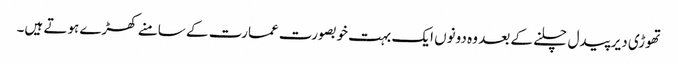
تھوڑی دیر پیدل چلنے کے بعد وہ دونوں ایک بہت خوبصورت عمارت کے سامنے کھڑے ہوتے ہیں۔